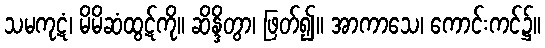
သမကုဋံ၊ မိမိဆံထွဋ်ကို။ ဆိန္ဒိတွာ၊ ဖြတ်၍။ အာကာသေ၊ ကောင်းကင်၌။